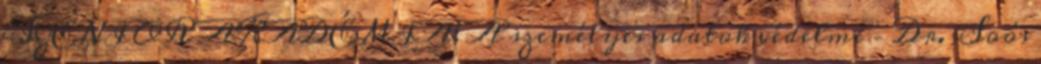
SZENIOR AKADÉMIA: A személyes adatok védelme – Dr. Soós